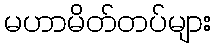
မဟာမိတ်တပ်များ